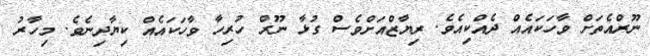
ނޫރްއެތަށް ވާހަކައެއް ދެއްކިއެވެ. ރިޔާޒްއަށްވެސް ގުޅާ ނޫރް ހުރިހާ ވާހަކައެއް ކިޔާދިނެވެ. މިހާރު